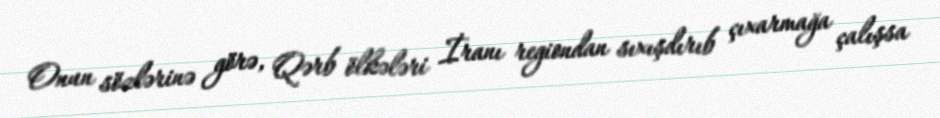
Onun sözlərinə görə, Qərb ölkələri İranı regiondan sıxışdırıb çıxarmağa çalışsa